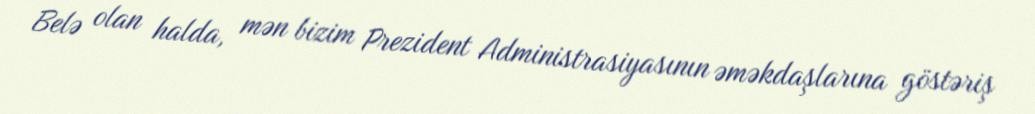
Belə olan halda, mən bizim Prezident Administrasiyasının əməkdaşlarına göstəriş